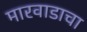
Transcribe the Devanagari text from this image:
मारवाडाचा